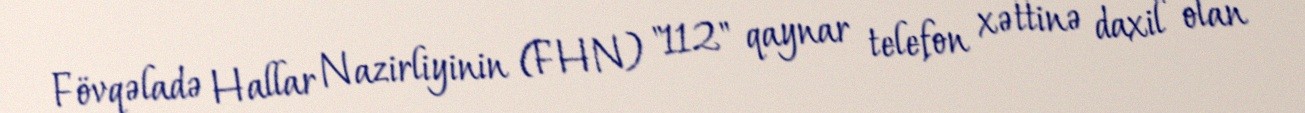
Fövqəladə Hallar Nazirliyinin (FHN) "112" qaynar telefon xəttinə daxil olan